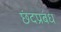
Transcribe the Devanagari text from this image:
छंदप्रबंध